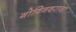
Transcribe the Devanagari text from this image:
गोविनदराजा